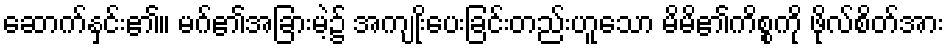
ဆောက်နှင်း၏။ မဂ်၏အခြားမဲ့၌ အကျုးိပေးခြင်းတည်းဟူသော မိမိ၏ကိစ္စကို ဖိုလ်စိတ်အား